Lunatic asylums Bombay report 1891-1903 - 1891-1903
Year: 1891
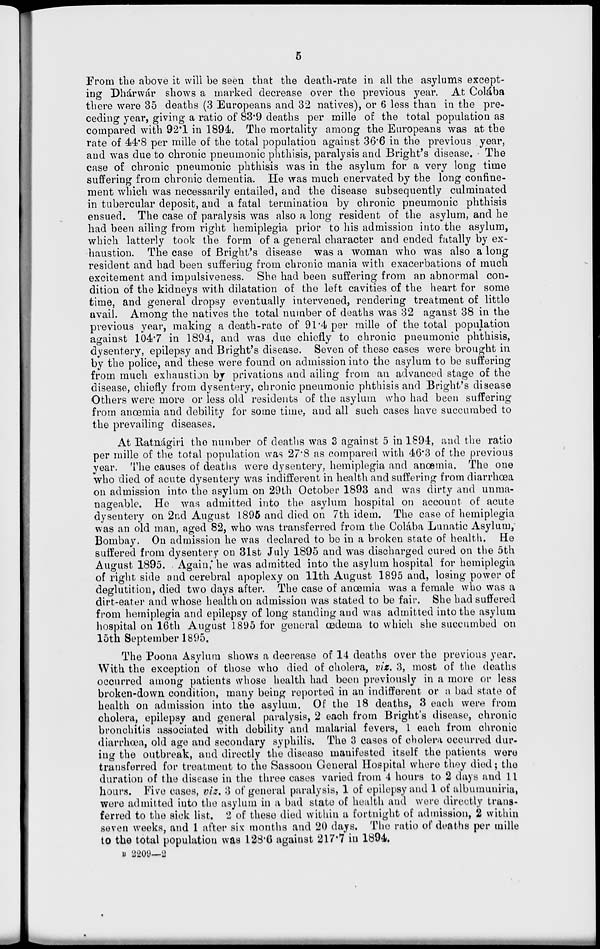
5
From the above it will be seen that the death-rate in all the asylums except-
ing Dhárwár shows a marked decrease over the previous year. At Colába
there were 35 deaths (3 Europeans and 32 natives), or 6 less than in the pre-
ceding year, giving a ratio of 83.9 deaths per mille of the total population as
compared with 92.1 in 1894. The mortality among the Europeans was at the
rate of 44.8 per mille of the total population against 36.6 in the previous year,
and was due to chronic pneumonic phthisis, paralysis and Bright's disease. The
case of chronic pneumonic phthisis was in the asylum for a very long time
suffering from chronic dementia. He was much enervated by the long confine-
ment which was necessarily entailed, and the disease subsequently culminated
in tubercular deposit, and a fatal termination by chronic pneumonic phthisis
ensued. The case of paralysis was also a long resident of the asylum, and he
had been ailing from right hemiplegia prior to his admission into the asylum,
which latterly took the form of a general character and ended fatally by ex-
haustion. The case of Bright's disease was a woman who was also a long
resident and had been suffering from chronic mania with exacerbations of much
excitement and impulsiveness. She had been suffering from an abnormal con-
dition of the kidneys with dilatation of the left cavities of the heart for some
time, and general dropsy eventually intervened, rendering treatment of little
avail. Among the natives the total number of deaths was 32 against 38 in the
previous year, making a death-rate of 91.4 per mille of the total population
against 104.7 in 1894, and was due chiefly to chronic pneumonic phthisis,
dysentery, epilepsy and Bright's disease. Seven of these cases were brought in
by the police, and these were found on admission into the asylum to be suffering
from much exhaustion by privations and ailing from an advanced stage of the
disease, chiefly from dysentery, chronic pneumonic phthisis and Bright's disease
Others were more or less old residents of the asylum who had been suffering
from anœmia and debility for some time, and all such cases have succumbed to
the prevailing diseases.
At Ratnágiri the number of deaths was 3 against 5 in 1894, and the ratio
per mille of the total population was 27.8 as compared with 46.3 of the previous
year. The causes of deaths were dysentery, hemiplegia and anœmia. The one
who died of acute dysentery was indifferent in health and suffering from diarrhœa
on admission into the asylum on 29th October 1893 and was dirty and unma-
nageable. He was admitted into the asylum hospital on account of acute
dysentery on 2nd August 1895 and died on 7th idem. The case of hemiplegia
was an old man, aged 82, who was transferred from the Colába Lunatic Asylum,
Bombay. On admission he was declared to be in a broken state of health. He
suffered from dysentery on 31st July 1895 and was discharged cured on the 5th
August 1895. Again, he was admitted into the asylum hospital for hemiplegia
of right side and cerebral apoplexy on 11th August 1895 and, losing power of
deglutition, died two days after. The case of anœmia was a female who was a
dirt-eater and whose health on admission was stated to be fair. She had suffered
from hemiplegia and epilepsy of long standing and was admitted into the asylum
hospital on 16th August 1895 for general œdema to which she succumbed on
15th September 1895.
The Poona Asylum shows a decrease of 14 deaths over the previous year.
With the exception of those who died of cholera, viz. 3, most of the deaths
occurred among patients whose health had been previously in a more or less
broken-down condition, many being reported in an indifferent or a bad state of
health on admission into the asylum. Of the 18 deaths, 3 each were from
cholera, epilepsy and general paralysis, 2 each from Bright's disease, chronic
bronchitis associated with debility and malarial fevers, 1 each from chronic
diarrhœa, old age and secondary syphilis. The 3 cases of cholera occurred dur-
ing the outbreak, and directly the disease manifested itself the patients were
transferred for treatment to the Sassoon General Hospital where they died ; the
duration of the disease in the three cases varied from 4 hours to 2 days and 11
hours. Five cases, viz. 3 of general paralysis, 1 of epilepsy and 1 of albumuniria,
were admitted into the asylum in a bad state of health and were directly trans-
ferred to the sick list. 2 of these died within a fortnight of admission, 2 within
seven weeks, and 1 after six months and 20 days. The ratio of deaths per mille
to the total population was 128.6 against 217.7 in 1894.
B 2209—2